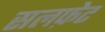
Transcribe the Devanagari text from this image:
सलफ़ेट